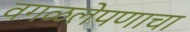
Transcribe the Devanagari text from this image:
वगळलेपणाचा